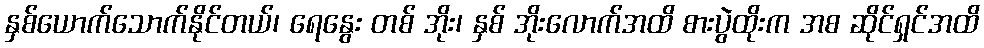
နှစ်ယောက်သောက်နိုင်တယ်၊ ရေနွေး တစ် အိုး၊ နှစ် အိုးလောက်အထိ စားပွဲထိုးက အစ ဆိုင်ရှင်အထိ